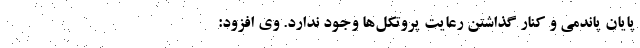
پایان پاندمی و کنار گذاشتن رعایت پروتکل‌ها وجود ندارد. وی افزود: